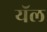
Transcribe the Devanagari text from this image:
यॅल